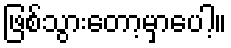
ဖြစ်သွားတော့မှာပေါ့။